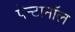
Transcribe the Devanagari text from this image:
पेन्टानॉल